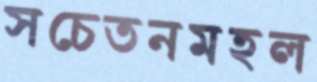
সচেতনমহল